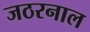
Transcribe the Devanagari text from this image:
जठरनाल